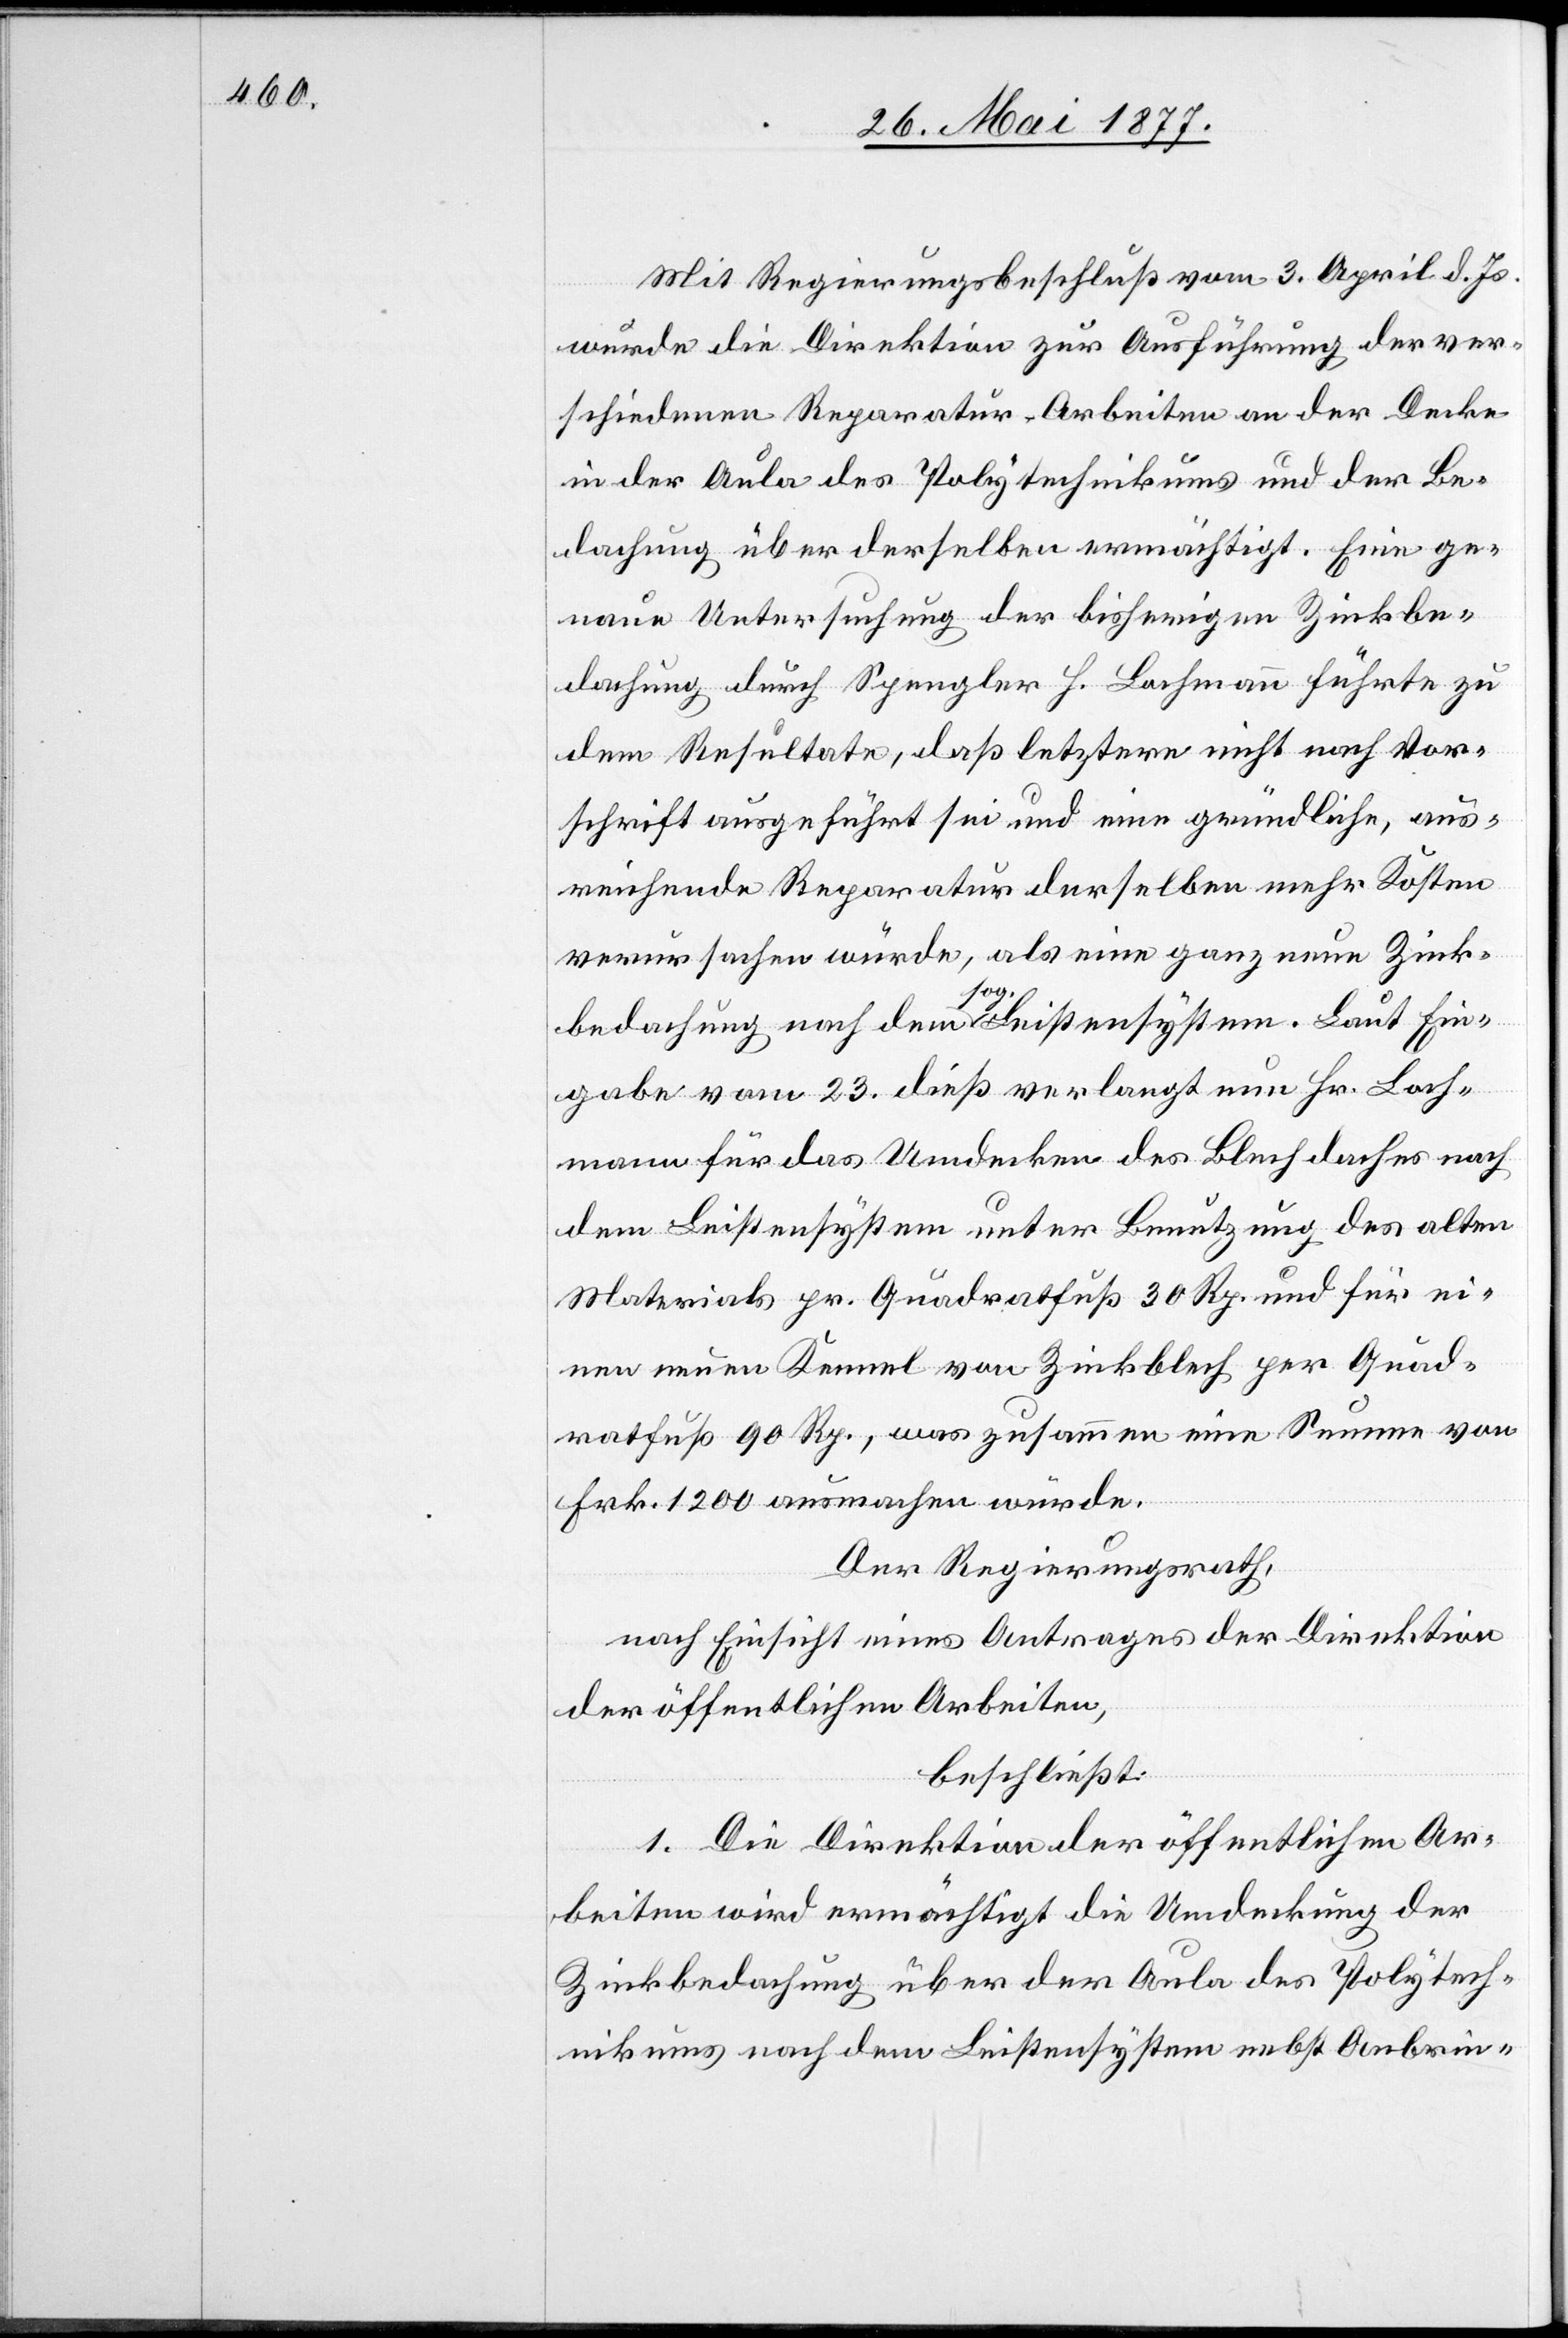
Mit Regierungsbeschluß vom 3. April d. Js.
wurde die Direktion zur Ausführung der ver¬
schiedenen Reparatur-Arbeiten an der Decke
in der Aula des Polytechnikums und der Be¬
dachung über derselben ermächtigt. Eine ge¬
naue Untersuchung der bisherigen Zinkbe¬
dachung durch Spengler H. Bachmann führte zu
dem Resultate, daß letztere nicht nach Vor¬
schrift ausgeführt sei und eine gründliche, aus¬
reichende Reparatur derselben mehr Kosten
verursachen würde, als eine ganze neue Zink¬
bedachung nach dem sog. Leistensystem. Laut Ein¬
gabe vom 23. dieß verlangt nun Hr. Bach¬
mann für das Umdecken des Blechdaches nach
dem Leistensystem unter Benutzung des alten
Materials pr. Quadratfuß 30 Rp. und für ei¬
nen neuen Kennel von Zinkblech per Quad¬
ratfuß 90 Rp., was zusammen eine Summe von
Frk. 1200 ausmachen würde.
Der Regierungsrath,
nach Einsicht eines Antrages der Direktion
der öffentlichen Arbeiten,
beschließt:
1. Die Direktion der öffentlichen Ar¬
beiten wird ermächtigt die Umdeckung der
Zinkbedachung über der Aula des Polytech¬
nikums nach dem Leistensystem nebst Anbrin-